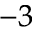
^ { - 3 }